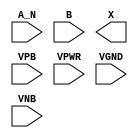
module sky130_fd_sc_ls__and2b (
    //# {{data|Data Signals}}
    input  A_N ,
    input  B   ,
    output X   ,

    //# {{power|Power}}
    input  VPB ,
    input  VPWR,
    input  VGND,
    input  VNB
);
endmodule